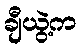
ချီယွဲ့က